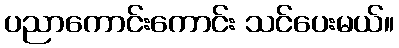
ပညာကောင်းကောင်း သင်ပေးမယ်။